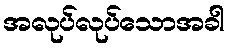
အလုပ်လုပ်သောအခါ